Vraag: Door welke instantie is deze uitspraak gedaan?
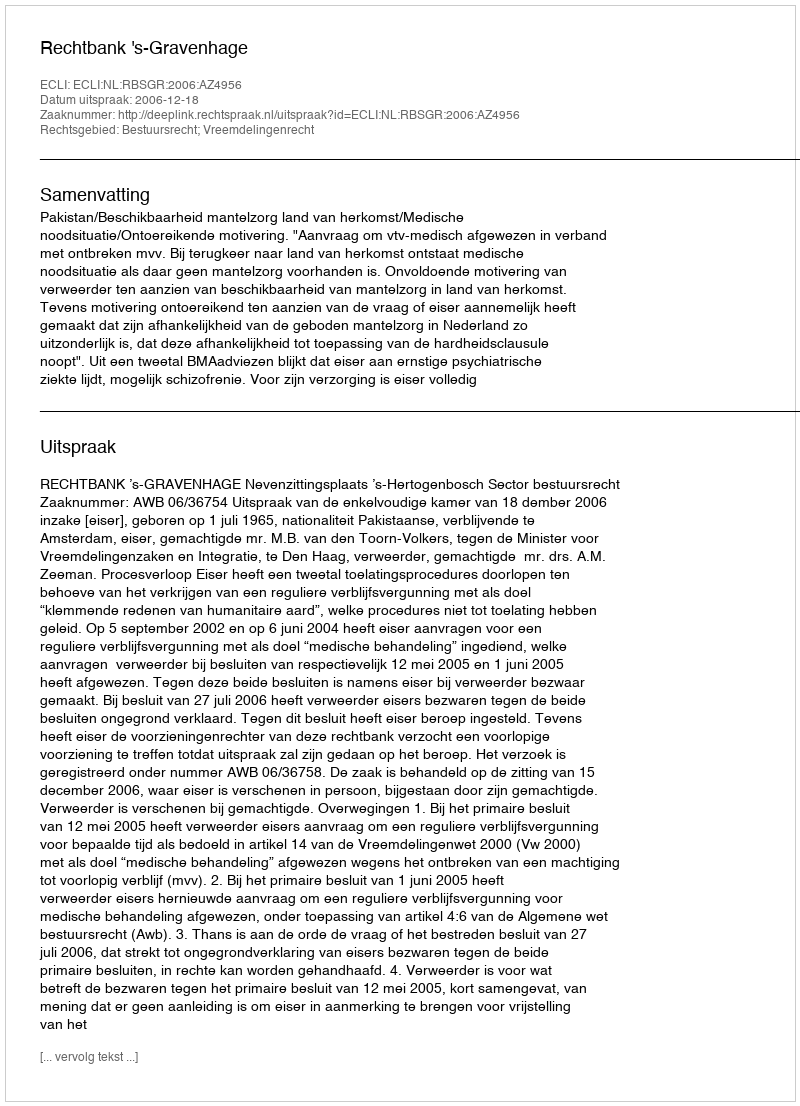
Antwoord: Rechtbank 's-Gravenhage